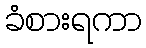
ခံစားရကာ